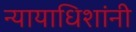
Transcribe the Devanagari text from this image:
न्यायाधिशांनी